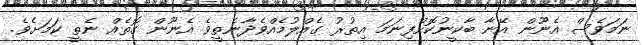
ނަމަވެސް އެނޫން އޭނާ ބާކީނުކޮށްފިނަމަ އިތުރު ގެއްލުމެއްވެދާނެތީވެ އެނޫން ގޮތެއް ނެތީ ކަމަށެވެ.